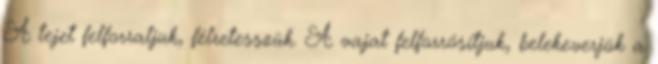
A tejet felforraljuk, félretesszük. A vajat felforrósítjuk, belekeverjük a